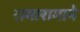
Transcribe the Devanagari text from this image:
रागारागाने